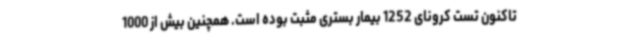
تاکنون تست کرونای 1252 بیمار بستری مثبت بوده است. همچنین بیش از 1000